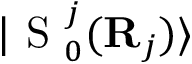
| \mathrm { ~ S ~ } _ { 0 } ^ { j } ( { \bf { R } } _ { j } ) \rangle